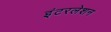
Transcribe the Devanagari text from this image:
इंटरलेशन